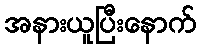
အနားယူပြီးနောက်